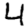
Digit: 4